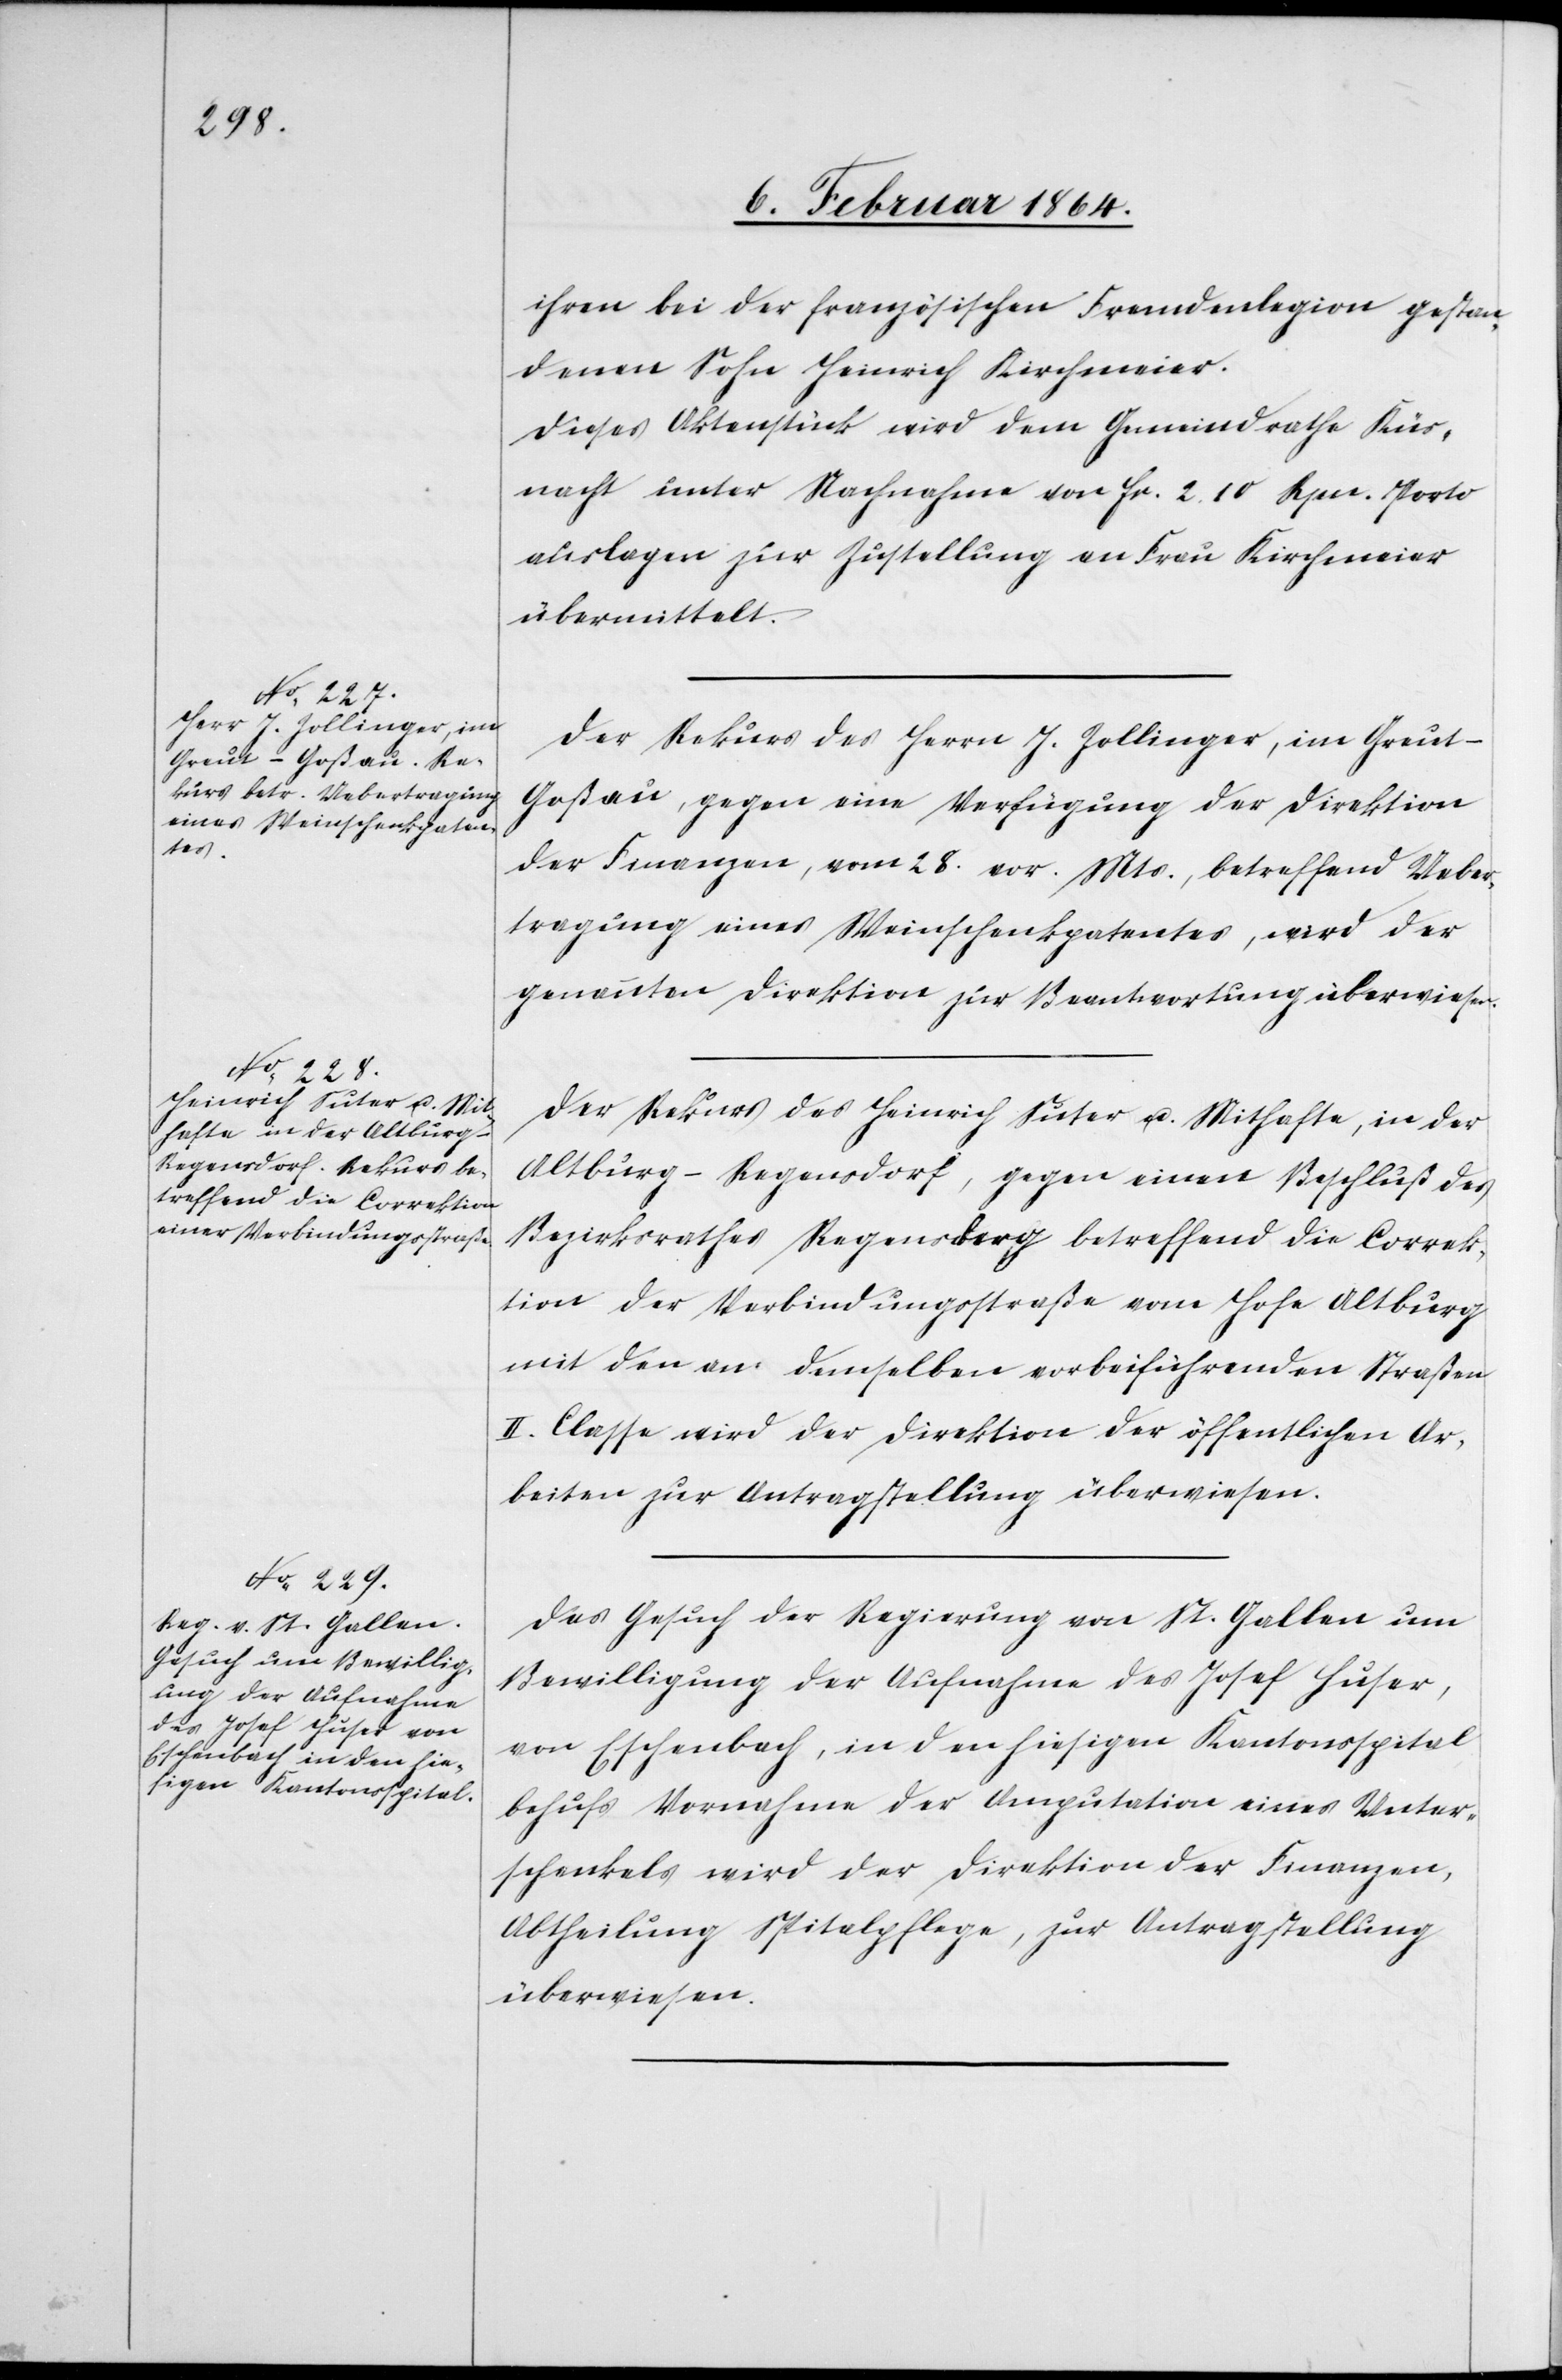
8. Februar 1864.]
ihren bei der französischen Fremdenlegion gestan¬
denen Sohn Heinrich Kirchmeier.
Dieses Aktenstück wird dem Gemeindrathe Küs¬
nacht unter Nachnahme von fr. 2. 10 Rpn. Porto¬
auslagen zur Zustellung an Frau Kirchmeier
übermittelt.
Der Rekurs des Herrn J. Zollinger, im Greut-G¬
oßau, gegen eine Verfügung der Direktion
der Finanzen, vom 28. vor. Mts., betreffend Ueber¬
tragung eines Weinschenkpatentes, wird der
genannten Direktion zur Beantwortung überwiesen.
Der Rekurs des Heinrich Suter u. Mithafte, in der
Altburg-Regensdorf, gegen einen Beschluß des
Bezirksrathes Regensdorf betreffend die Correk¬
tion der Verbindungsstraße vom Hofe Altburg
mit den an demselben vorbeiführenden Straßen
II. Classe wird der Direktion der öffentlichen Ar¬
beiten zur Antragstellung überwiesen.
Das Gesuch der Regierung von St. Gallen um
Bewilligung der Aufnahme des Josef Huser,
von Eschenbach, in den hiesigen Kantonsspital
behufs Vornahme der Amputation eines Unter¬
schenkels wird der Direktion der Finanzen,
Abtheilung Spitalpflege, zur Antragstellung
überwiesen.